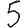
Digit: 5